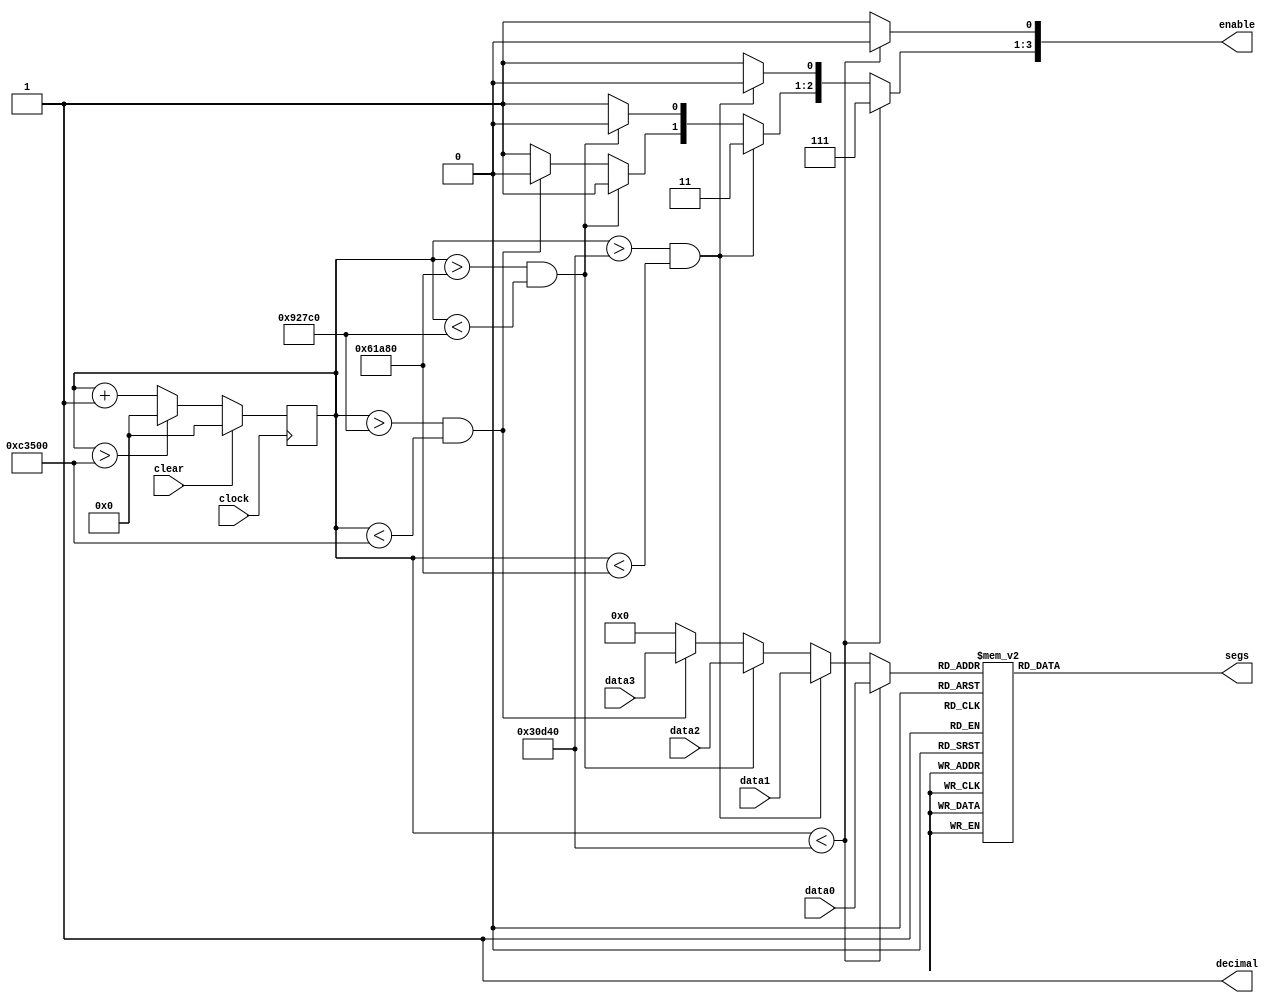
module LED_7SEG(input            clock, clear,
					 input 	   [3:0] data0, data1, data2, data3,				
					 output 			   decimal,
					 output reg [3:0] enable,
					 output reg [6:0] segs);
	 
	reg [19:0] ticks = 0; // to count up 800000 clock ticks (8 ms)
	reg [3:0]  digit = 0; // to register and hold current hex digit values
	
	assign decimal = 1; //turn off the decimal point	

	always@(posedge clock)
		if(clear)
			ticks <= 0;
		else if (ticks > 800000) // The total refresh time window
			ticks <= 0;
		else
			ticks <= ticks + 1;

	always@(*)
	begin
		digit = 4'h0;
		enable = 4'hF; // all are kept high, besides the one in the current quarter
		
		if(ticks < 200000) // first quarter of the refresh window
		begin
			digit = data0; // first hex digit picked from the 16 bit input
			enable[0] = 0;
		end
		else if((ticks > 200000) && (ticks < 400000)) // second refresh quarter
		begin
			digit = data1; // second hex digit
			enable[1] = 0;
		end
		else if((ticks > 400000) && (ticks < 600000)) // third refresh quarter
		begin
			digit = data2; // third hex digit
			enable[2] = 0;
		end
		else if((ticks > 600000) && (ticks < 800000)) // forth refresh quarter
		begin
			digit = data3; // forth hex digit
			enable[3] = 0;
		end
	end
	
	always@(*) 
		case(digit) // convert the 4 bit hex to 7 segment display of hex
			0:  segs = 7'b1000000; // 0
			1:  segs = 7'b1111001; // 1
			2:  segs = 7'b0100100; // 2
			3:  segs = 7'b0110000; // 3
			4:  segs = 7'b0011001; // 4
			5:  segs = 7'b0010010; // 5
			6:  segs = 7'b0000010; // 6
			7:  segs = 7'b1111000; // 7
			8:  segs = 7'b0000000; // 8
			9:  segs = 7'b0010000; // 9
			10: segs = 7'b0001000; // A
			11: segs = 7'b0000011; // B
			12: segs = 7'b1000110; // C
			13: segs = 7'b0100001; // D
			14: segs = 7'b0000110; // E
			15: segs = 7'b0001110; // F
			default: segs = 7'b0110110; // Error 
		endcase
		
endmodule